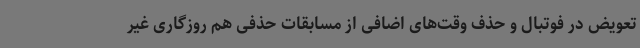
تعویض در فوتبال و حذف وقت‌های اضافی از مسابقات حذفی هم روزگاری غیر